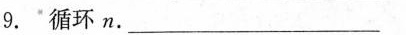
9.循环n.___